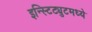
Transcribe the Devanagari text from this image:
इन्स्टिट्युटमध्ये